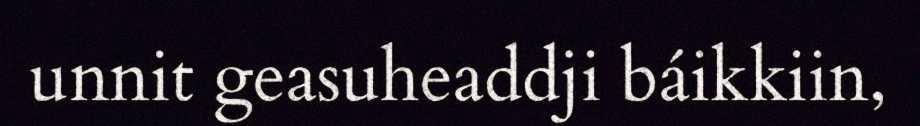
unnit geasuheaddji báikkiin,